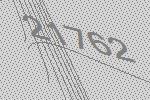
21762